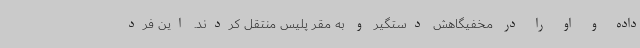
داده و او را در مخفیگاهش دستگیر و به مقر پلیس منتقل کردند. این فرد